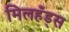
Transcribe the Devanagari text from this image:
मिलहँड्‌स